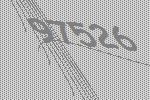
97526